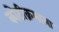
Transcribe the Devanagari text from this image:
कोटीक्रमाला